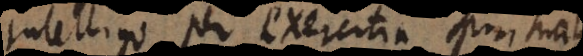
Intelligo per exercitia spiritualia